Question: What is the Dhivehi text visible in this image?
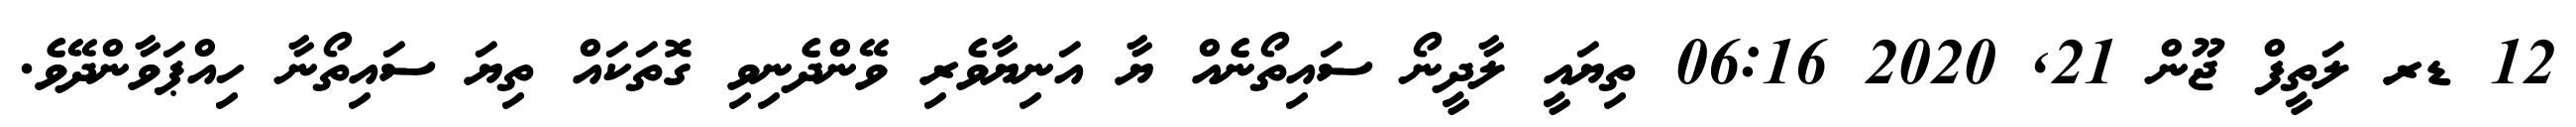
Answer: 12 ޑރ ލަތީފް ޖޫން 21, 2020 06:16 ތިޔައީ ލާދީނޯ ސައިތޯނެއް ޔާ އަނިޔާވެރި ވޭންދެނިވި ގޮތަކައް ތިޔަ ސައިތޯނާ ހިއްޕަވާންދޭވެ.